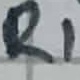
Text: R1